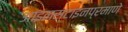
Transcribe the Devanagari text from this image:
आइनस्टाइनप्रमाणे